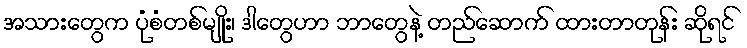
အသားတွေက ပုံစံတစ်မျိုး၊ ဒါတွေဟာ ဘာတွေနဲ့ တည်ဆောက် ထားတာတုန်း ဆိုရင်